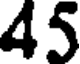
45